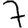
Digit: 7